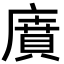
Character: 𢊱